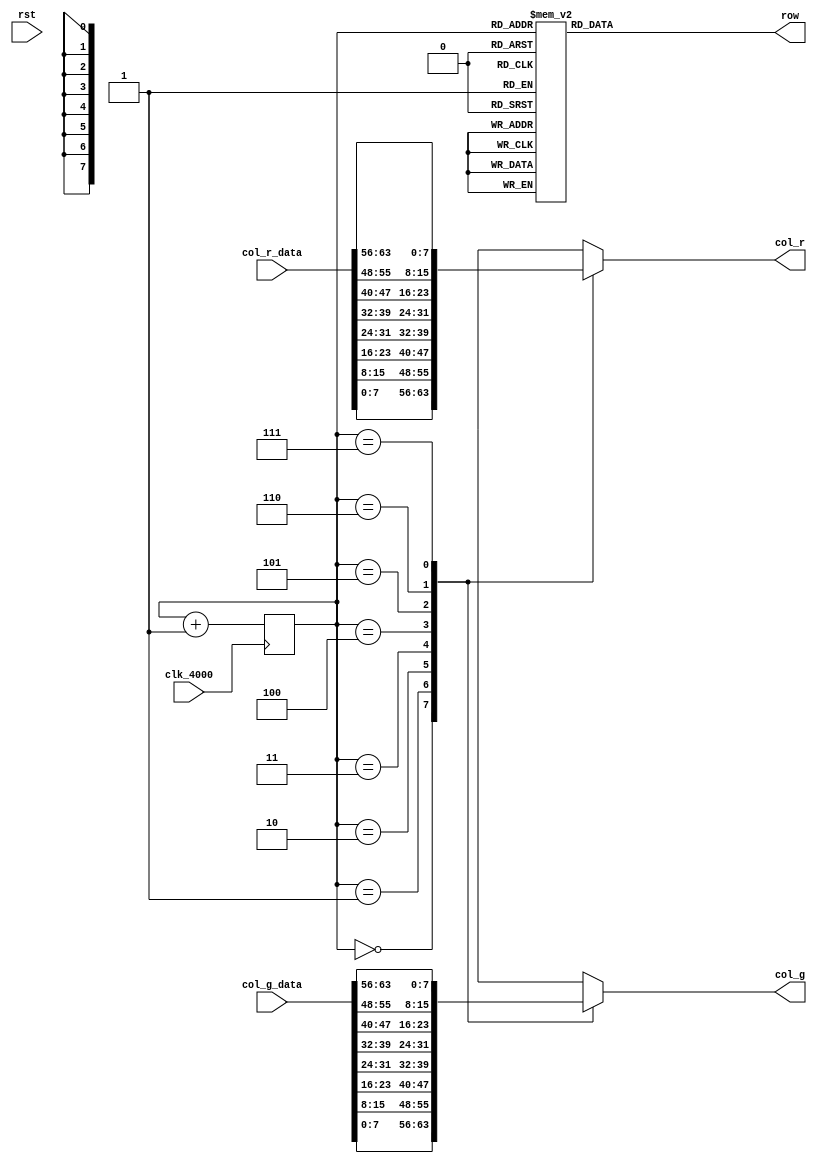
module dot88(
        input               clk_4000,
                            rst,
        input       [63:0]  col_r_data,
                            col_g_data,
        output  reg [7:0]   row,
                            col_r,
                            col_g
    );
////////////////////////////////////////////////////////////
    reg [2:0]  cnt  =   3'd0;
    always @(posedge clk_4000) cnt <=  cnt + 1'b1; // 
////////////////////////////////////////////////////////////
    always @(*)
        case (cnt) // 
            3'd0: row   =   8'b0111_1111; // row[0]
            3'd1: row   =   8'b1011_1111; // row[1]
            3'd2: row   =   8'b1101_1111; // row[2]
            3'd3: row   =   8'b1110_1111; // row[3]
            3'd4: row   =   8'b1111_0111; // row[4]
            3'd5: row   =   8'b1111_1011; // row[5]
            3'd6: row   =   8'b1111_1101; // row[6]
            3'd7: row   =   8'b1111_1110; // row[7]
        endcase
////////////////////////////////////////////////////////////
    wire    [7:0]   col_r_data_unpacked  [0:7],
                    col_g_data_unpacked  [0:7];
    assign {    // 
        col_r_data_unpacked[7],
        col_r_data_unpacked[6],
        col_r_data_unpacked[5],
        col_r_data_unpacked[4],
        col_r_data_unpacked[3],
        col_r_data_unpacked[2],
        col_r_data_unpacked[1],
        col_r_data_unpacked[0]
    }   =   col_r_data;
    assign {    // 
        col_g_data_unpacked[7],
        col_g_data_unpacked[6],
        col_g_data_unpacked[5],
        col_g_data_unpacked[4],
        col_g_data_unpacked[3],
        col_g_data_unpacked[2],
        col_g_data_unpacked[1],
        col_g_data_unpacked[0]
    }   =   col_g_data;

    always @(*) begin // 
        col_r   =   col_r_data_unpacked[cnt];
        col_g   =   col_g_data_unpacked[cnt];
    end
endmodule // dot88